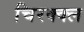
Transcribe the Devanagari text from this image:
चिरक्क्ल